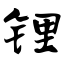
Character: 锂